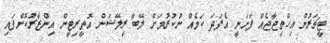
ޓީޗަރުން އިހްތިޖާޖެއް ފަށަނީ އެފަދަ ކަމެއް ނުކުރުމަށް ލޭބާ ރިލޭޝަން އޮތީރިޓީން އިންޒާރުކޮށްފައި